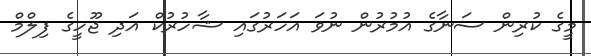
މީގެ ކުރިން ސަނާގެ އުމުރުން ނުވަ އަހަރުގައި ޝާހުރުކް އަދި ޖޫހީގެ ފިލްމް